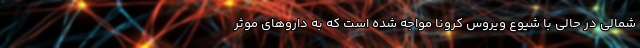
شمالی در حالی با شیوع ویروس کرونا مواجه شده است که به دارو‌های موثر